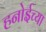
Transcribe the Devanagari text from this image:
हनोईच्या